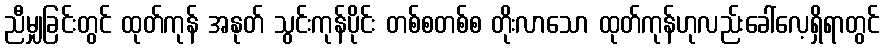
ညီမျှခြင်းတွင် ထုတ်ကုန် အနုတ် သွင်းကုန်ပိုင်း တစ်စတစ်စ တိုးလာသော ထုတ်ကုန်ဟုလည်းခေါ်လေ့ရှိရာတွင်